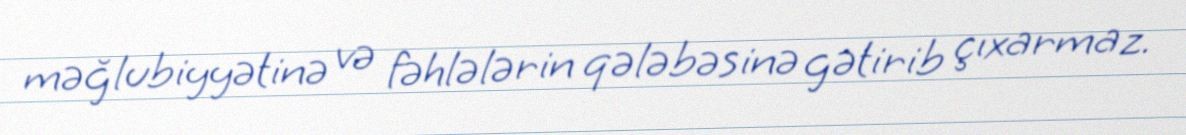
məğlubiyyətinə və fəhlələrin qələbəsinə gətirib çıxarmaz.